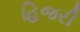
હિજરી